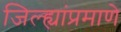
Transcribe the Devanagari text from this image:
जिल्ह्यांप्रमाणे